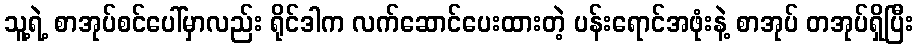
သူ့ရဲ့ စာအုပ်စင်ပေါ်မှာလည်း ရိုင်ဒါက လက်ဆောင်ပေးထားတဲ့ ပန်းရောင်အဖုံးနဲ့ စာအုပ် တအုပ်ရှိပြီး